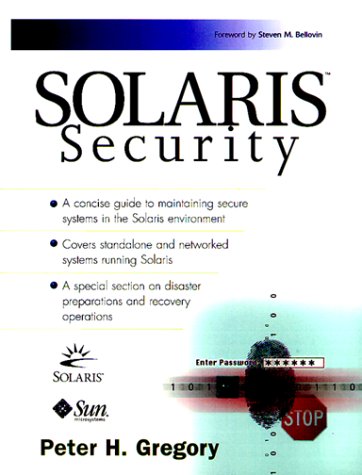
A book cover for Solaris Security; Peter Gregory; Computers & Technology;